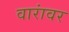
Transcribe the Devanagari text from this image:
वारांवर